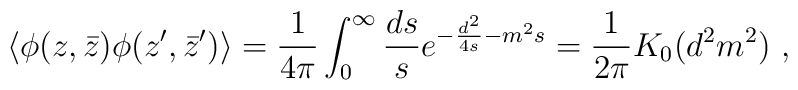
\langle \phi(z,\bar{z}) \phi(z',\bar{z}') \rangle={1 \over 4\pi}\int_0^\infty {ds \over s}e^{-{d^2 \over 4s}-m^2s}={1 \over 2\pi}K_0(d^2m^2)~,